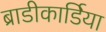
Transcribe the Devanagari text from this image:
ब्राडीकार्डिया